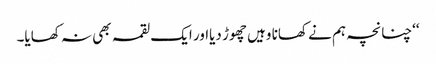
‘‘چنانچہ ہم نے کھانا وہیں چھوڑ دیااور ایک لقمہ بھی نہ کھایا۔